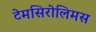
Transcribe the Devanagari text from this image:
टेमसिरोलिमस